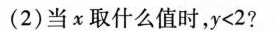
（2）当X取什么值时，y<2?